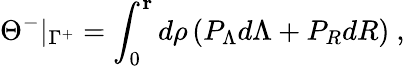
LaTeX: \Theta^{-}\vert_{\Gamma^{+}}=\int_{0}^{\mathbf r}d\rho\, (P_{\Lambda}d\Lambda+P_{R}dR)\ ,